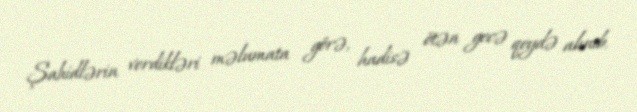
Şahidlərin verdikləri məlumata görə, hadisə ötən gecə qeydə alınıb.